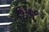
૬પ૦